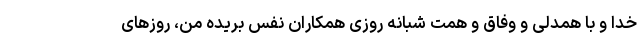
خدا و با همدلی و وفاق و همت شبانه روزی همکاران نفس بریده من، روزهای